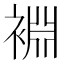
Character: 裫